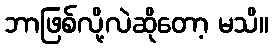
ဘာဖြစ်လို့လဲဆိုတော့ မသိ။